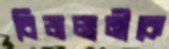
বিজলানীকে